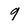
Character: g